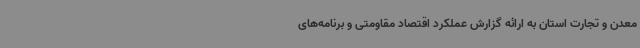
معدن و تجارت استان به ارائه گزارش عملکرد اقتصاد مقاومتی و برنامه‌های